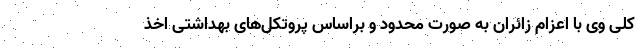
کلی وی با اعزام زائران به صورت محدود و براساس پروتکل‌های بهداشتی اخذ